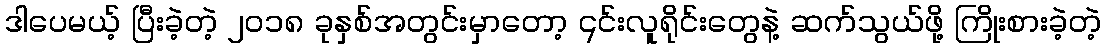
ဒါပေမယ့် ပြီးခဲ့တဲ့ ၂၀၁၈ ခုနှစ်အတွင်းမှာတော့ ၎င်းလူရိုင်းတွေနဲ့ ဆက်သွယ်ဖို့ ကြိုးစားခဲ့တဲ့